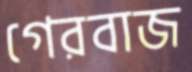
গেরবাজ